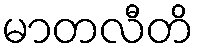
မာတလီတိ